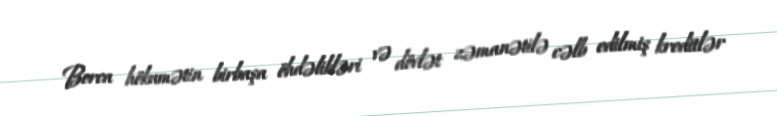
Borca hökumətin birbaşa öhdəlikləri və dövlət zəmanətilə cəlb edilmiş kreditlər